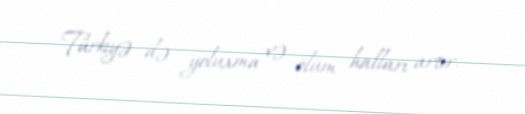
Türkiyə də yoluxma və ölüm halları artır.